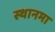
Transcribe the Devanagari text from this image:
स्थानमा